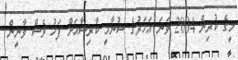
މީގެ ކުރިން 2004 ވަނަ އަހަރުގެ ސުނާމީ ކާރިސާއަށް ފަހު ވެސް ވާނީން